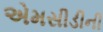
એમસીડીની